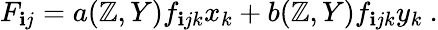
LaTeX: F_{\mathbf{i}j}=a(\mathbb{Z},Y)f_{\mathbf{i}jk}x_{k}+b(\mathbb{Z},Y)f_{\mathbf{i}jk}y_{k}\ .